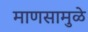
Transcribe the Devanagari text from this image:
माणसामुळे